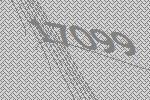
17099